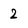
Character: 2